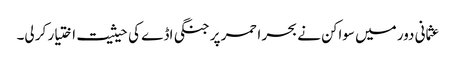
عثمانی دور میں سواکن نے بحر احمر پر جنگی اڈے کی حیثیت اختیار کر لی۔